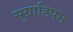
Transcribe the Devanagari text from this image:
सुग्राहिपन